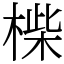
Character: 𣖧